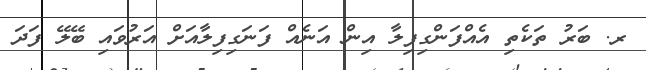
ރ. ބަރު ތަކެތި އެއްފަންގިފިލާ އިން އަނެއް ފަނަގިފިލާއަށް އަރުވައި ބޭލޭ ފަދަ